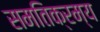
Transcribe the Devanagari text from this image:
समतिक्रम्य